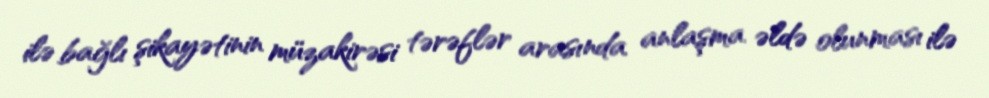
ilə bağlı şikayətinin müzakirəsi tərəflər arasında anlaşma əldə olunması ilə